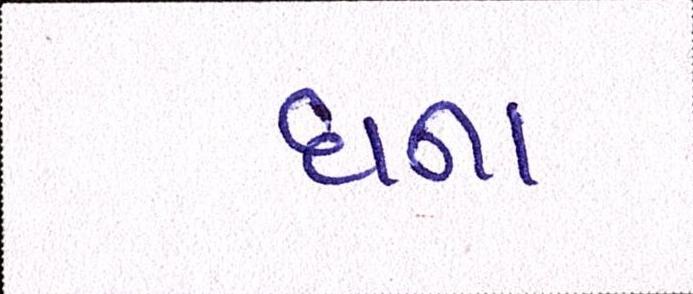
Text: ઘના